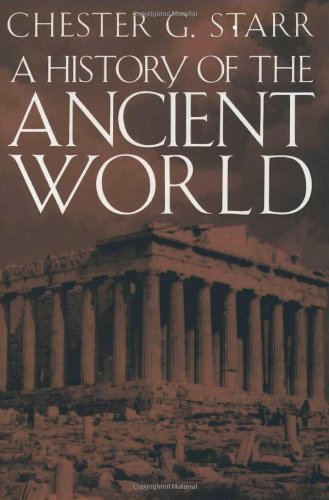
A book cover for A History of the Ancient World; Chester G. Starr; History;